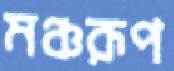
মঞ্চরূপ